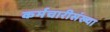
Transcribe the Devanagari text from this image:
कर्मचारीसंख्या